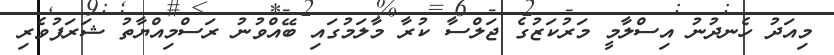
މިއަދު ހެނދުނު އިސްލާމީ މަރުކަޒުގެ ޖަލްސާ ކުރާ މާލަމުގައި ބޭއްވުނު ރަސްމިއްޔާތު ޝަރަފުވެރި